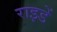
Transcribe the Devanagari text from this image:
राइडें